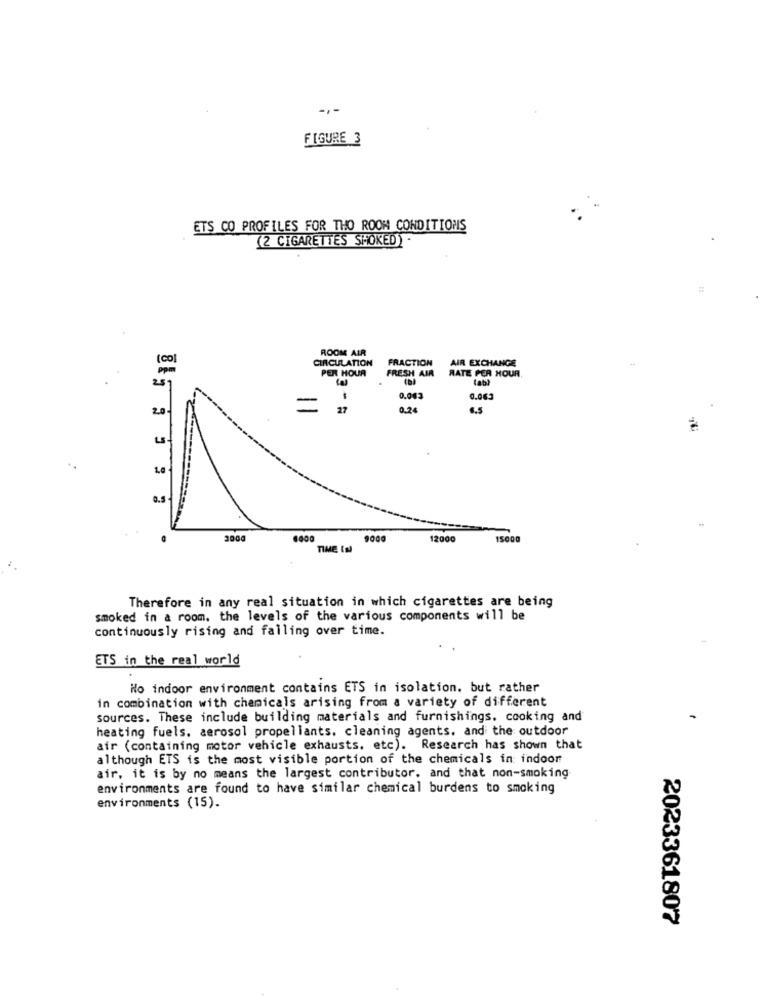
FIGURE 3
ETS CO PROFILES FOR THO ROOM CONDITIONS
(2 CIGARETTES SMOKED)
=
ROOM AIR
(co)
CIRCULATION
FRACTION
AIR EXCHANGE
PER HOUR
FRESH AIR
RATE PER HOUR
0.043
0.063
20
=
27
0.24
LS
0.5
-
2000
12000
15000
TIME (E)
Therefore in any real situation in which cigarettes are being
smoked in a room. the levels of the various components will be
continuously rising and failing over time.
ETS in the real world
No indoor environment contains ETS in isolation. but rather
in combination with chemicals arising from a variety of different
sources. These include building materials and furnishings. cooking and
heating fuels. aerosol propellants. cleaning agents, and the outdoor
air (containing motor vehicle exhausts, etc). Research has shown that
although ETS is the most visible portion of the chemicals in indoor
air, it is by no means the largest contributor, and that non-smoking
environments are found to have similar chemical burdens to smoking
environments (15).
2023361807